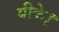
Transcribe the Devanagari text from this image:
बीके।